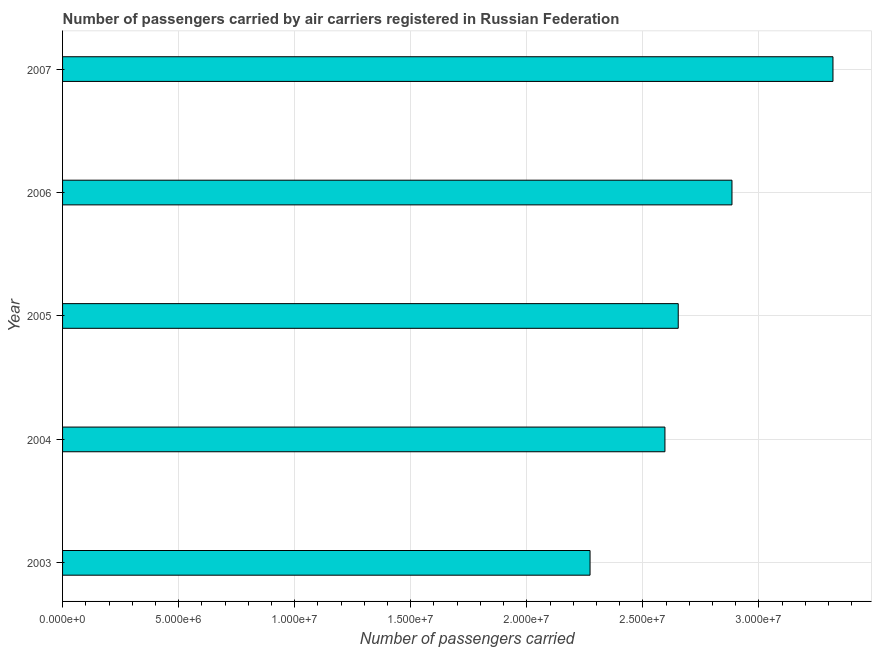
| Year | Air transport |
 | --- | --- |
 | 2003 | 2.27e+07 |
 | 2004 | 2.59e+07 |
 | 2005 | 2.65e+07 |
 | 2006 | 2.88e+07 |
 | 2007 | 3.32e+07 |